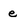
Character: e